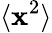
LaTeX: \langle\textbf{x}^{2}\rangle